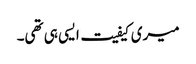
میری کیفیت ایسی ہی تھی۔